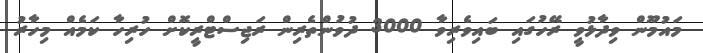
މައުމޫން ވިދާޅުވީ ރޭހުގައި ބައިވެރިވާ 3000 ދުވުންތެރިން ރަޖިސްޓްރީކޮށް ހުރިހާ ކަމެއް މިހާރު